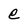
Character: e